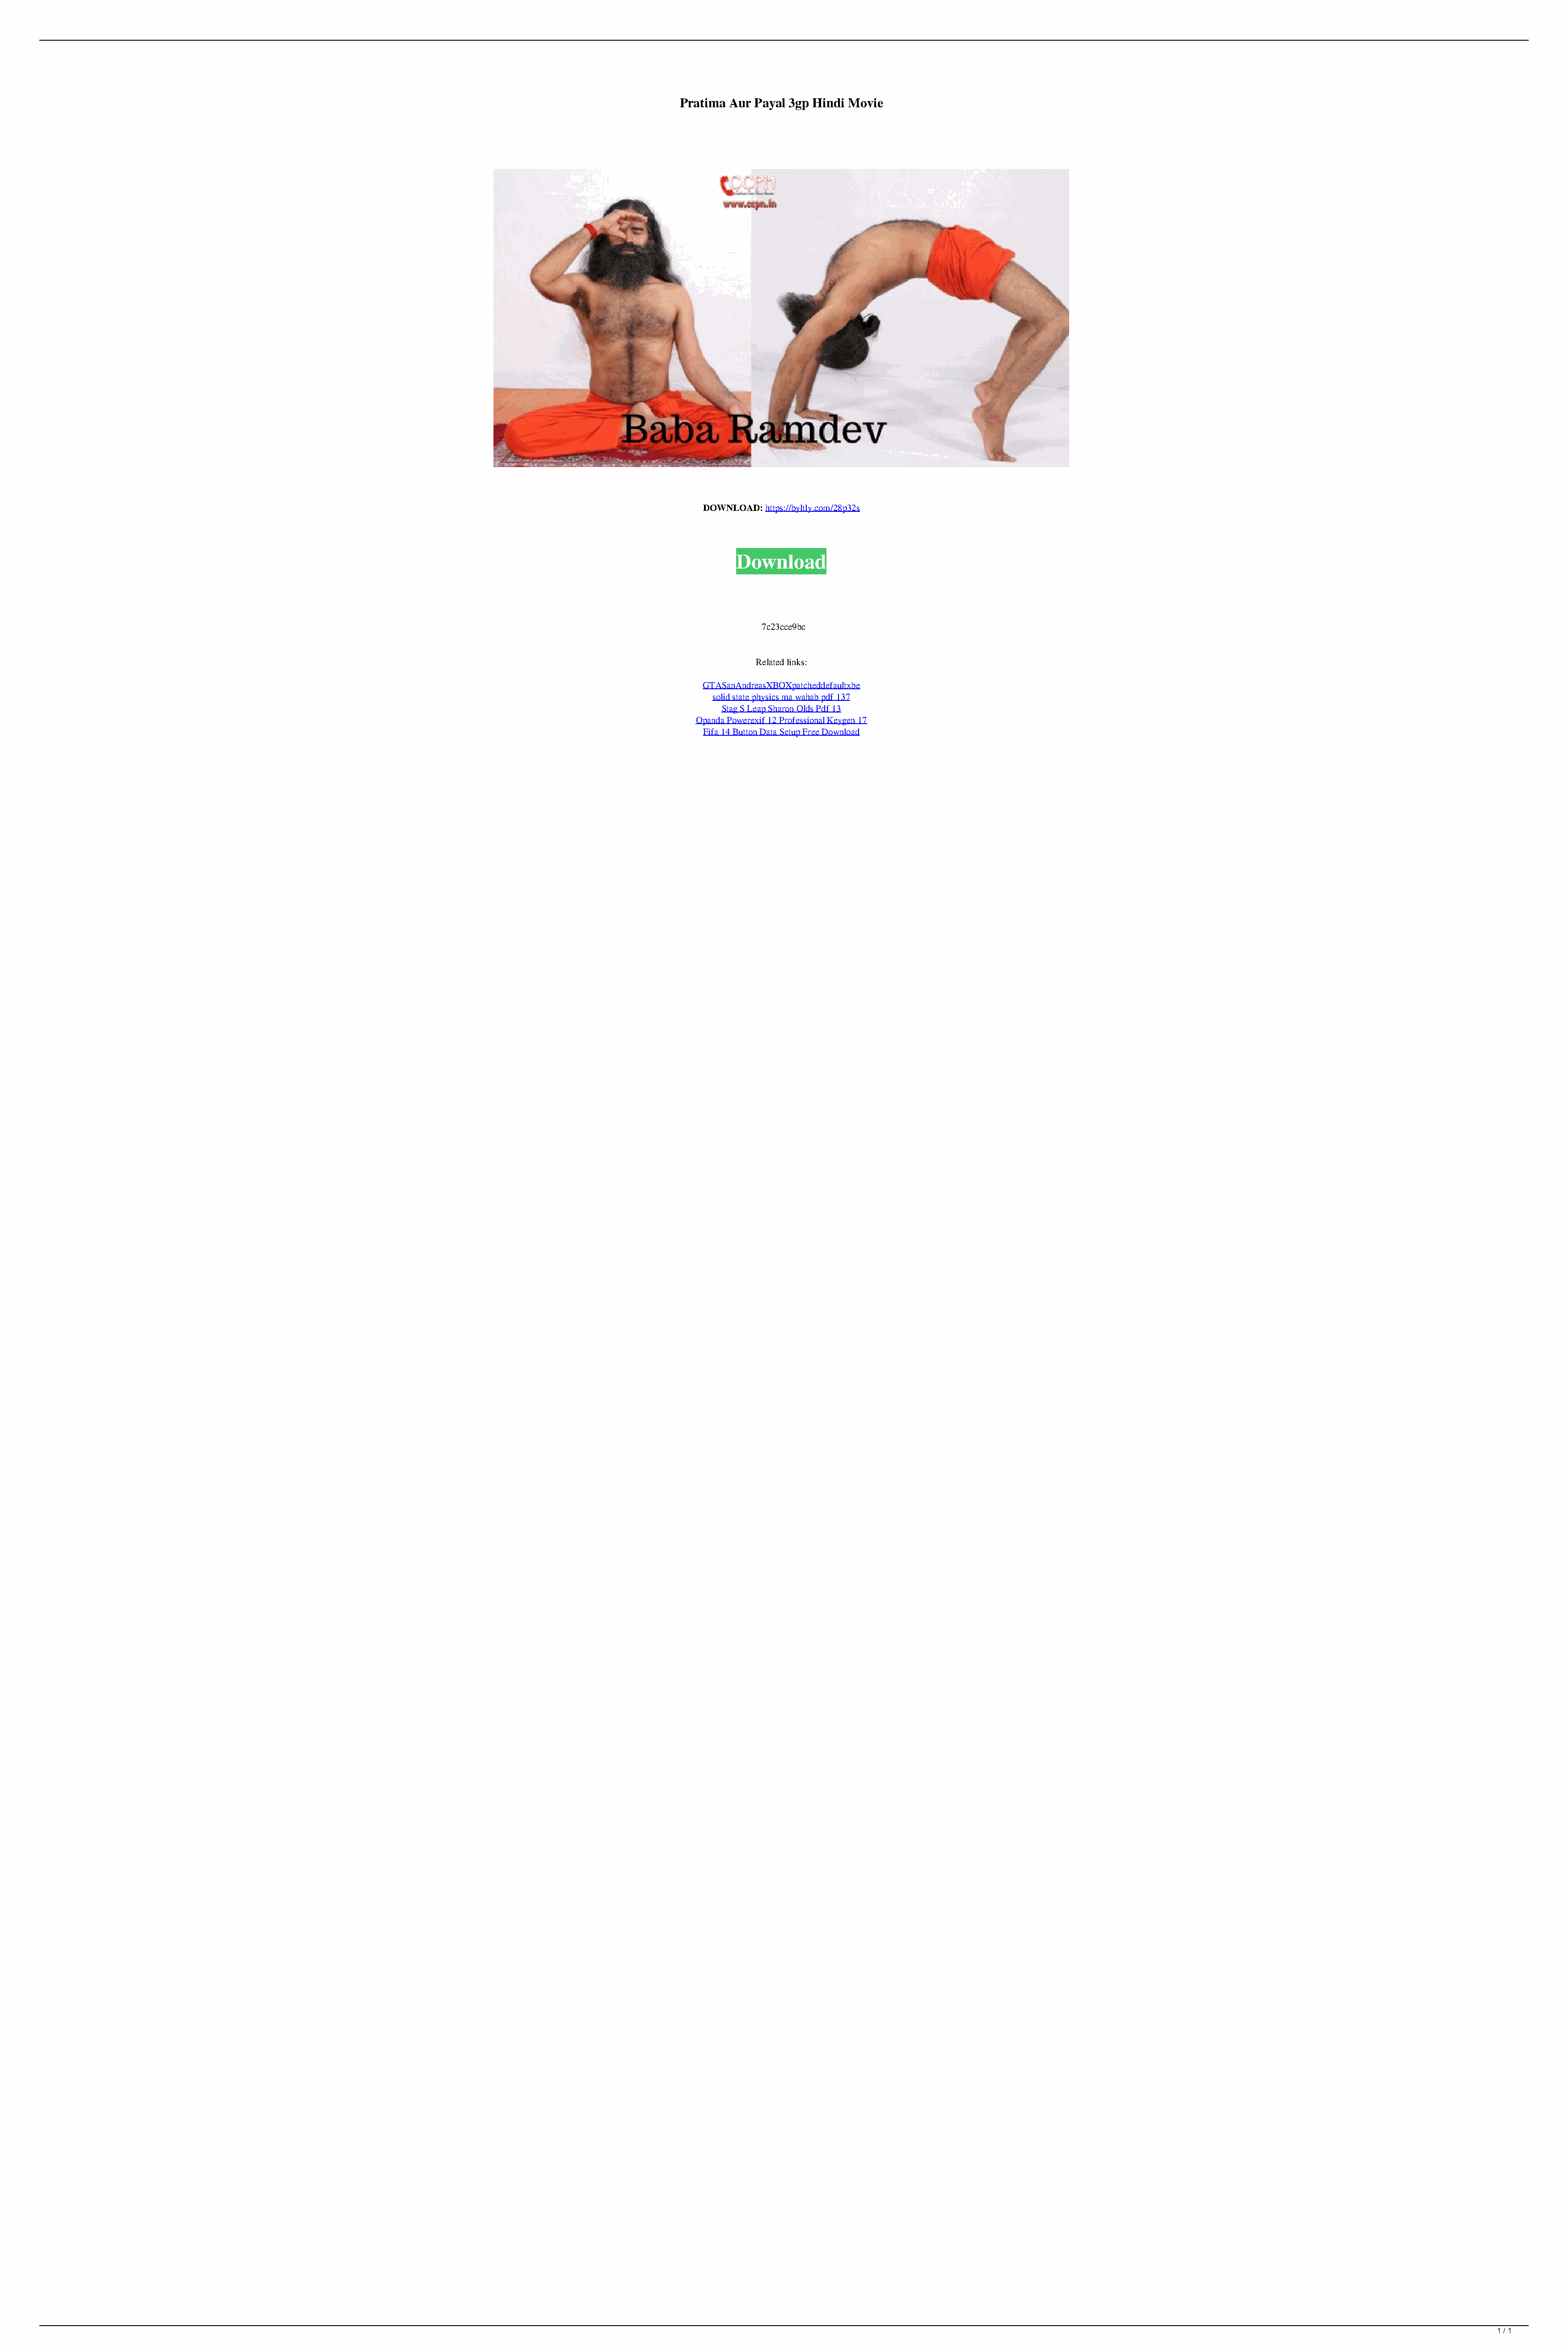
Pratima Aur Payal 3gp Hindi Movie
 DOWNLOAD: https://byltly.com/28p32s
 Download
 7c23cce9bc
 Related links:
 GTASanAndreasXBOXpatcheddefaultxbe
 solid state physics ma wahab pdf 137
 Stag S Leap Sharon Olds Pdf 13
 Opanda Powerexif 12 Professional Keygen 17
 Fifa 14 Button Data Setup Free Download
 1 / 1
 Pratima Aur Payal 3gp Hindi Movie